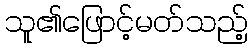
သူ၏ဖြောင့်မတ်သည့်